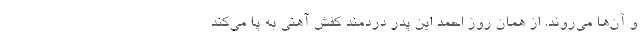
و آن‌ها می‌روند. از همان روز احمد این پدر دردمند کفش آهنی به پا می‌کند